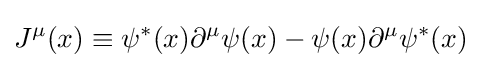
J^{\mu }(x)\equiv \psi ^{*}(x)\partial ^{\mu }\psi (x)-\psi (x)\partial ^{\mu }\psi ^{*}(x)